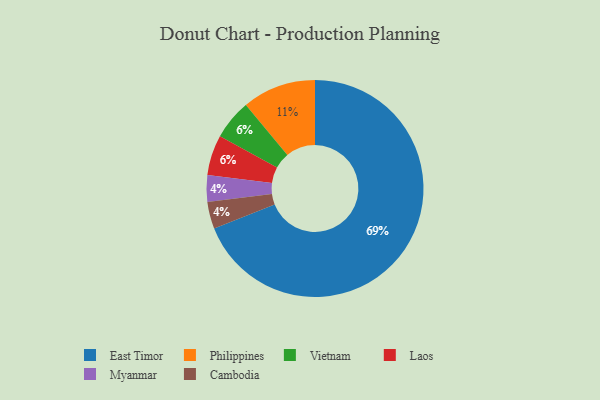
{"axis": {"x": "Category", "y": "Percentage"}, "legend": ["Cambodia", "East Timor", "Laos", "Myanmar", "Philippines", "Vietnam"], "data": [{"x": "Vietnam", "y": 6, "type": "Vietnam"}, {"x": "Myanmar", "y": 4, "type": "Myanmar"}, {"x": "Cambodia", "y": 4, "type": "Cambodia"}, {"x": "Laos", "y": 6, "type": "Laos"}, {"x": "Philippines", "y": 11, "type": "Philippines"}, {"x": "East Timor", "y": 69, "type": "East Timor"}]}